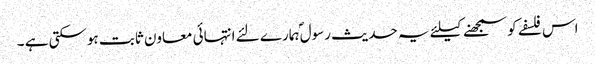
اس فلسفے کو سمجھنے کیلئے یہ حدیث رسول ؐہمارے لئے انتہائی معاون ثابت ہوسکتی ہے ۔